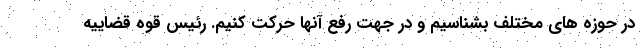
در حوزه های مختلف بشناسیم و در جهت رفع آنها حرکت کنیم. رئیس قوه قضاییه